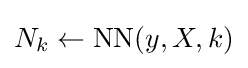
N_{k}\gets {\text{NN}}(y,X,k)